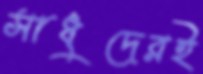
সাধুদেরই